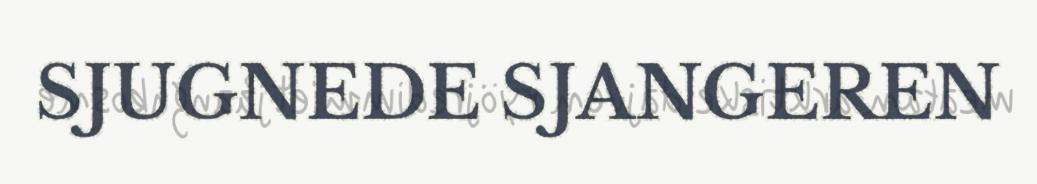
SJUGNEDE SJANGEREN